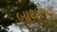
બાથરૂમ